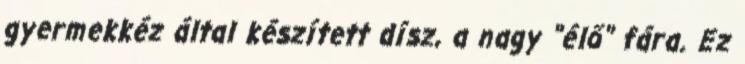
gyermekkéz által készített dísz, a nagy "élő" fára. Ez